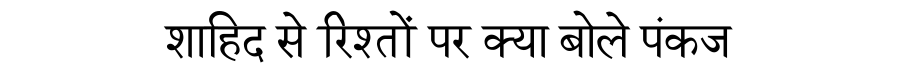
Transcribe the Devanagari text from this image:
शाहिद से रिश्तों पर क्या बोले पंकज